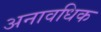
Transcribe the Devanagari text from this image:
अनावधिक